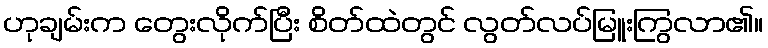
ဟုချမ်းက တွေးလိုက်ပြီး စိတ်ထဲတွင် လွတ်လပ်မြူးကြွလာ၏။